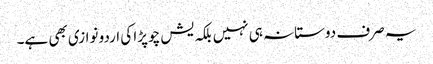
یہ صرف دوستانہ ہی نہیں بلکہ یش چوپڑا کی اردو نوازی بھی ہے۔